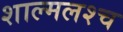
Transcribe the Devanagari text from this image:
शाल्मलश्च